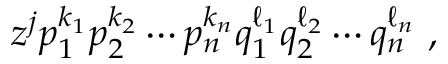
z ^ { j } p _ { 1 } ^ { k _ { 1 } } p _ { 2 } ^ { k _ { 2 } } \cdots p _ { n } ^ { k _ { n } } q _ { 1 } ^ { \ell _ { 1 } } q _ { 2 } ^ { \ell _ { 2 } } \cdots q _ { n } ^ { \ell _ { n } } ~ ,